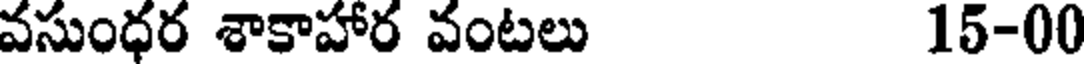
వసుంధర శాకాహార వంటలు 15-00